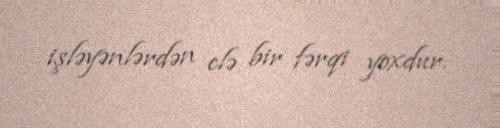
işləyənlərdən elə bir fərqi yoxdur.